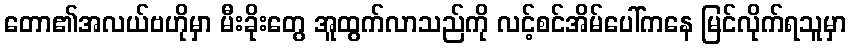
တော၏အလယ်ဗဟိုမှာ မီးခိုးတွေ အူထွက်လာသည်ကို လင့်စင်အိမ်ပေါ်ကနေ မြင်လိုက်ရသူမှာ